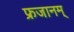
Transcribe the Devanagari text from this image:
फ्रजानम्